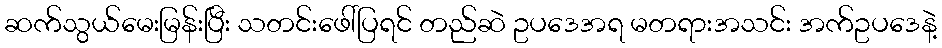
ဆက်သွယ်မေးမြန်းပြီး သတင်းဖေါ်ပြရင် တည်ဆဲ ဥပဒေအရ မတရားအသင်း အက်ဥပဒေနဲ့